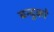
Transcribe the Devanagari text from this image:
बन्दुको